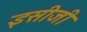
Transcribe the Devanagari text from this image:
इसीजी